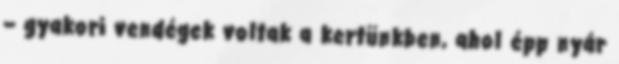
– gya­kori vendégek voltak a kertünkben, ahol épp nyár